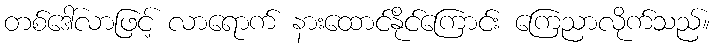
တစ်ဒေါ်လာဖြင့် လာရောက် နားထောင်နိုင်ကြောင်း ကြေညာလိုက်သည်။